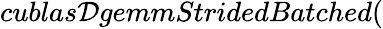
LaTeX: cublas\mathcal{D}gemmStridedBatched(